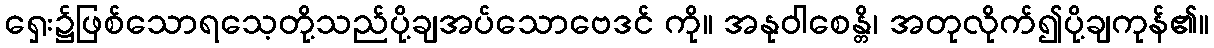
ရှေး၌ဖြစ်သောရသေ့တို့သည်ပို့ချအပ်သောဗေဒင် ကို။ အနုဝါစေန္တိ၊ အတုလိုက်၍ပို့ချကုန်၏။